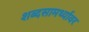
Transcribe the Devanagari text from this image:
शब्दसामर्थ्यावर